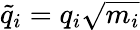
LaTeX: \tilde{q}_{i}=q_{i}\sqrt{m_{i}}